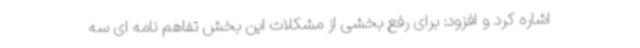
اشاره کرد و افزود: برای رفع بخشی از مشکلات این بخش تفاهم نامه ای سه